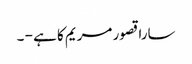
سارا قصور مریم کا ہے - ۔